Scientific memoirs by medical officers of the Army of India - Part X,
Year: 1897
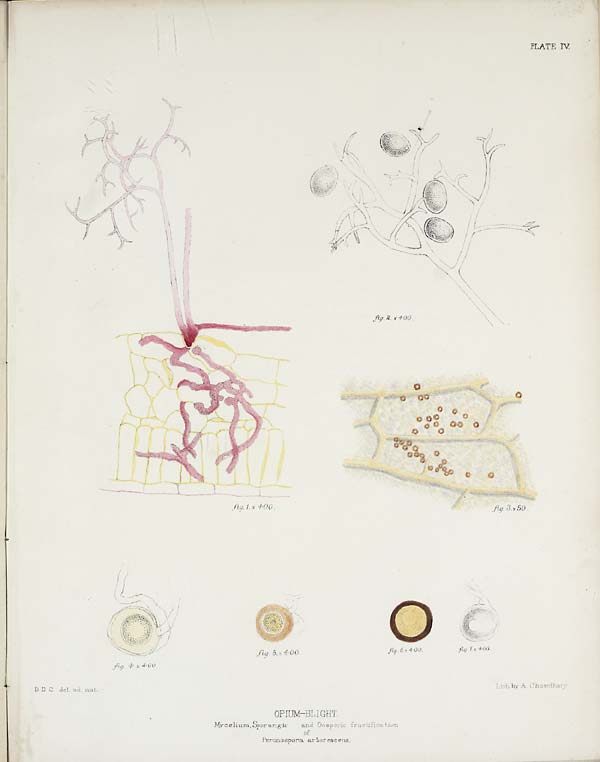
PLATE IV.
D. D. C. del. ad. nat.
OPIUM-BLIGHT
e l i u m , S p o r a n g i c a n d O o s p o r i c f r u c t i f i c a t i o n
Peronospora arborescens.